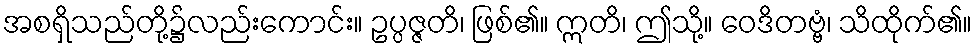
အစရှိသည်တို့၌လည်းကောင်း။ ဥပ္ပဇ္ဇတိ၊ ဖြစ်၏။ ဣတိ၊ ဤသို့။ ဝေဒိတဗ္ဗံ၊ သိထိုက်၏။